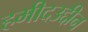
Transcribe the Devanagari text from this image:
हमीदउद्दीन